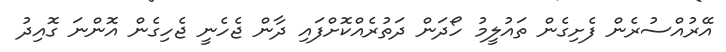
އޭރުއްސުރެން ފެށިގެން ތައުލީމު ހޯދަން ދަތުރެއްކޮށްފައި ދާން ޖެހެނީ ޖެހިގެން އޮންނަ ގޮއިދު